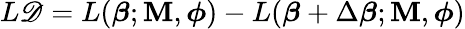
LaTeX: L\mathscr{D}=L(\boldsymbol{\beta};\mathbf{{M}},\boldsymbol{\phi})-L(\boldsymbol{\beta}+\Delta\boldsymbol{\beta};\mathbf{{M}},\boldsymbol{\phi})